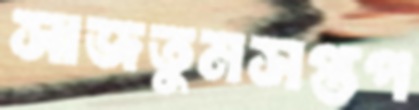
সাজতুমসপ্তপ